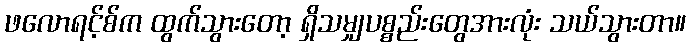
ဖလောရင့်စ်က ထွက်သွားတော့ ရှိသမျှပစ္စည်းတွေအားလုံး သယ်သွားတာ။